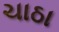
ચાઠા